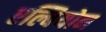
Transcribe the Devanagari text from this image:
एल्बियोन